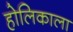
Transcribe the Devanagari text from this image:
होलिकाला